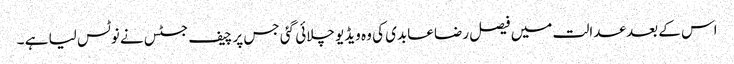
اس کے بعد عدالت میں فیصل رضا عابدی کی وہ ویڈیو چلائی گئی جس پر چیف جسٹس نے نوٹس لیا ہے ۔